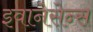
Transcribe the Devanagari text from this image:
इवानेसेन्स